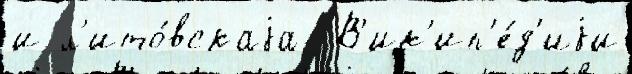
и л'ито́вскаjа  В'ик'ип'е́д'иjи